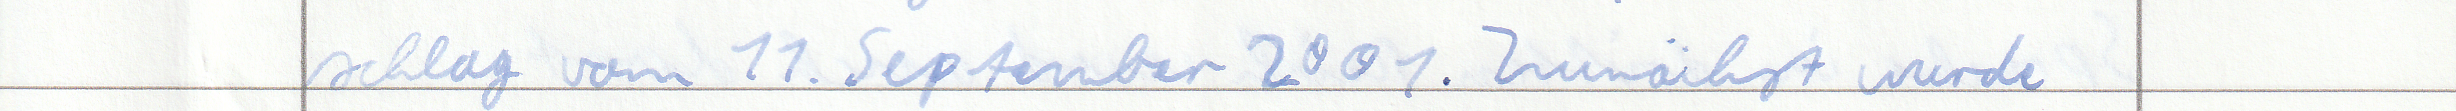
schlag vom 11. September 2001. Zunächst wurde